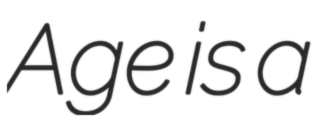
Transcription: Age is a